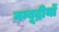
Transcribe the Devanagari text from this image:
नम्बूद्रीयों